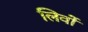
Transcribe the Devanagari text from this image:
लिवों